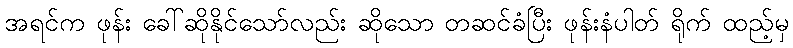
အရင်က ဖုန်း ခေါ်ဆိုနိုင်သော်လည်း ဆိုသော တဆင်ခံပြီး ဖုန်းနံပါတ် ရိုက် ထည့်မှ